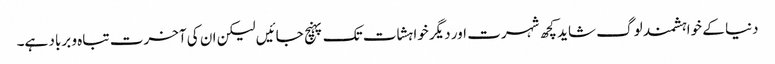
دنیا کے خواہشمند لوگ شاید کچھ شہرت اور دیگر خواہشات تک پہنچ جائیں لیکن ان کی آخرت تباہ و برباد ہے۔